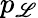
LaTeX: p_{\mathscr{L}}